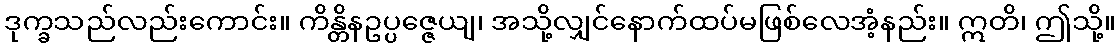
ဒုက္ခသည်လည်းကောင်း။ ကိန္တိနဥပ္ပဇ္ဇေယျ၊ အသို့လျှင်နောက်ထပ်မဖြစ်လေအံ့နည်း။ ဣတိ၊ ဤသို့။